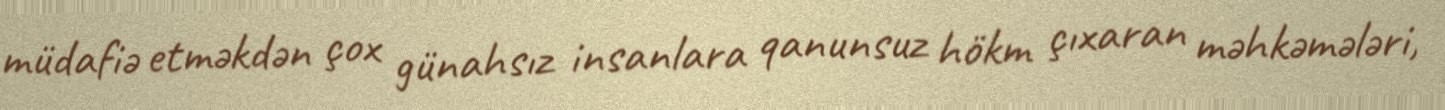
müdafiə etməkdən çox günahsız insanlara qanunsuz hökm çıxaran məhkəmələri,